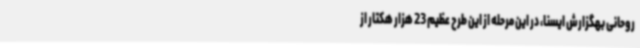
روحانی بهگزارش ایسنا، در این مرحله از این طرح عظیم 23 هزار هکتار از